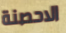
الاحصنة